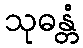
သုဓန္တံ